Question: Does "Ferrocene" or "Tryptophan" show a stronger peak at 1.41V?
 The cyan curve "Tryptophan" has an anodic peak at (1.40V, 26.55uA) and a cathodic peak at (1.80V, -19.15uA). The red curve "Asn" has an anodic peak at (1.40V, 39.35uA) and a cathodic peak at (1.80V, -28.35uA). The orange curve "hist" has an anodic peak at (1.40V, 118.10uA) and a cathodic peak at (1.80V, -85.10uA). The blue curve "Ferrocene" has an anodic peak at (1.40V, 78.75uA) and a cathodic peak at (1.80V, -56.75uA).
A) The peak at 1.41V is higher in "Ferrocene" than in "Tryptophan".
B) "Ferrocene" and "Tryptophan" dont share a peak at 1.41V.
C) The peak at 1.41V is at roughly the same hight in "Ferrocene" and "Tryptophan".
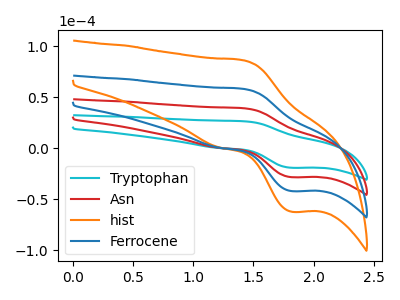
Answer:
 <answer>A) The peak at 1.41V is higher in "Ferrocene" than in "Tryptophan".</answer>
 <eval>A</eval>